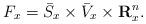
LaTeX: \begin{align*}F_{x}=\bar{S}_{x}\times\bar{V}_{x}\times\textbf{R}^{n}_{x}. \end{align*}